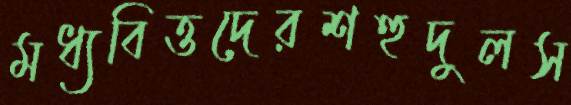
মধ্যবিত্তদেরশহুদুলস